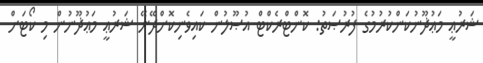
ޝަރުޢީ މަޢުޛޫނުކަންކުރުމުގެ ފުރުޞަތު: ކޮންޓްރެކްޓް އުޞޫލުން ކައިވެނިކޮށްދޭނޭ ޝަރުޢީ މަޢުޛޫނުން މި ކޯޓަށް